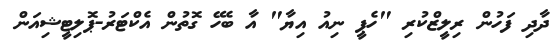
ދާދި ފަހުން ރިލީޒްކުރި "ހެޕީ ނިއު އިޔާ" އާ ބެހޭ ގޮތުން އެކްޓަރު-ޕޮލިޓީޝިއަން